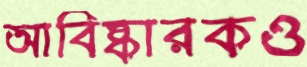
আবিষ্কারকও